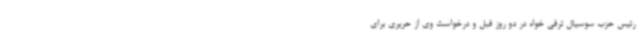
رئیس حزب سوسیال ترقی خواه در دو روز قبل و درخواست وی از حریری برای